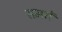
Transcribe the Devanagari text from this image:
समरों